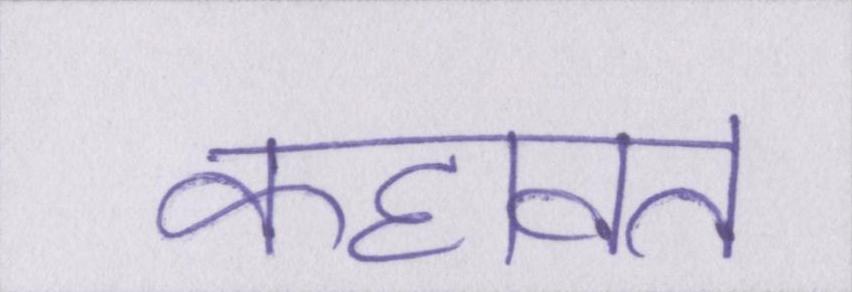
कहावत